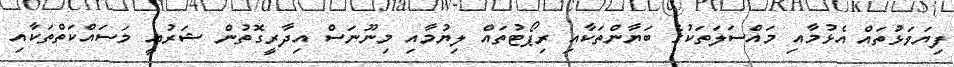
ފިޔަވަޅުތައް އެޅުމާއި މައްސަލަތަކުގެ ބަޔާންތަކާއި ރިޕޯޓުތައް ލިޔުމާއި މިނޫނަސް އިދާރީގޮތުން ޝަރުޢީ މަސައްކަތްތަކާއި